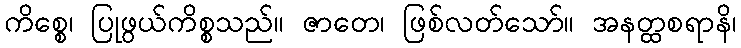
ကိစ္စေ၊ ပြုဖွယ်ကိစ္စသည်။ ဇာတေ၊ ဖြစ်လတ်သော်။ အနတ္ထစရာနိ၊